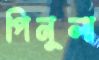
পিনুলা